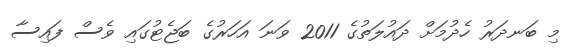
މި ބަނދަރު ހެދުމަށް ދައުލަތުގެ 2011 ވަނަ އަހަރުގެ ބަޖެޓުގައި ވެސް ފައިސާ